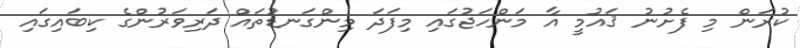
ކުރަން މި ފެށުނު ޤައުމީ އާ މަންހަޖުގައި މިފަދަ މިންގަނޑުތައް ދަރިވަރުންގެ ކިބައިގައި